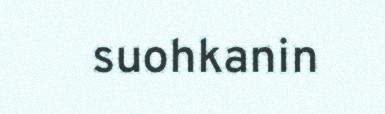
suohkanin